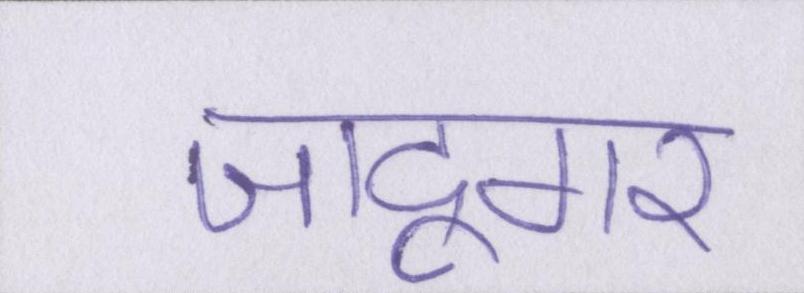
जादूगर